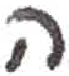
אות: ה